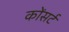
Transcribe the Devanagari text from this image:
कोंसर्ट